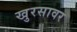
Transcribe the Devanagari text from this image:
खुरसावर